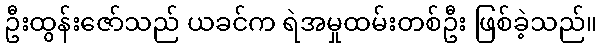
ဦးထွန်းဇော်သည် ယခင်က ရဲအမှုထမ်းတစ်ဦး ဖြစ်ခဲ့သည်။